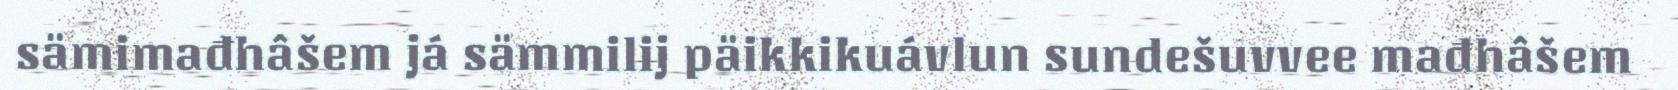
sämimađhâšem já sämmilij päikkikuávlun sundešuvvee mađhâšem